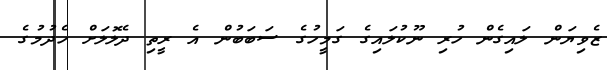
ޒެވިޔަން ލައިގެން ހުރި ނޫކުލައިގެ ގަމީހުގެ ސަބަބުން އެ ރީތި ދެލޮލަށް ހެދުމުގެ